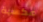
عكسية